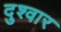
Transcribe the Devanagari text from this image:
दुश्‍वार